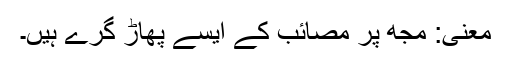
معنی: مجھ پر مصائب کے ایسے پھاڑ گرے ہیں۔